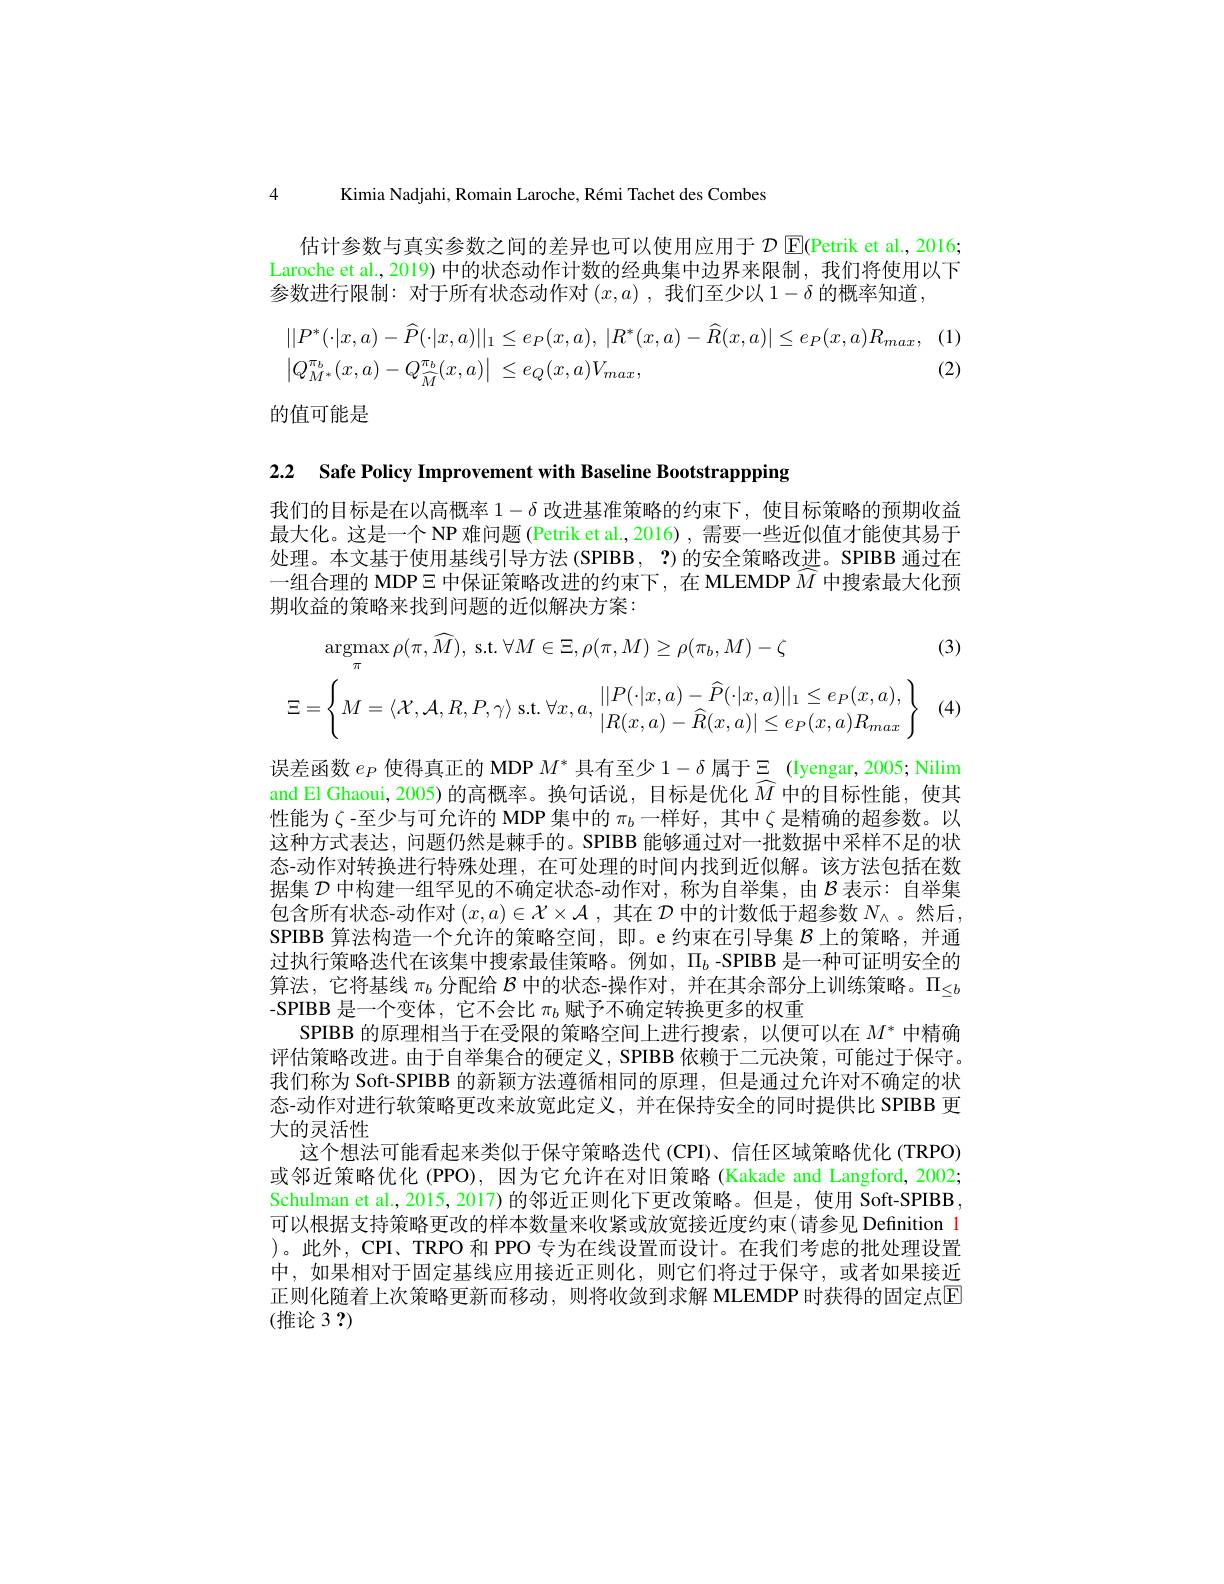
4 Kimia Nadjahi, Romain Laroche, Rémi Tachet des Combes

估计参数与真实参数之间的差异也可以使用应用于$\mathcal{D}$ $\mathbb{E}($Petrik et al., 2016; Laroche et al., 2019) 中的状态动作计数的经典集中边界来限制，我们将使用以下参数进行限制：对于所有状态动作对$(x,a)$ ,我们至少以$1-\delta$的概率知道，
$$\begin{aligned}&||P^{*}(\cdot|x,a)-\widehat{P}(\cdot|x,a)||_{1}\leq e_{P}(x,a),\:|R^{*}(x,a)-\widehat{R}(x,a)|\leq e_{P}(x,a)R_{max},\\&\left|Q_{M^{*}}^{\pi_{b}}(x,a)-Q_{\widehat{M}}^{\pi_{b}}(x,a)\right|\leq e_{Q}(x,a)V_{max},\end{aligned}$$
(2)

的值可能是

2.2 Safe Policy Improvement with Baseline Bootstrappping

我们的目标是在以高概率$1-\delta$改进基准策略的约束下，使目标策略的预期收益最大化。这是一个 NP 难问题 (Petrik et al.,2016) , 需要一些近似值才能使其易于处理。本文基于使用基线引导方法 (SPIBB, ?)的安全策略改进。SPIBB 通过在一组合理的 MDP$\Xi$中保证策略改进的约束下，在 MLEMDP $\widehat{M}$中搜索最大化预期收益的策略来找到问题的近似解决方案：

(3)

(4)
$$\operatorname{argmax}_{\pi}\rho(\pi,\widehat{M}),\:\mathrm{s.t.}\:\forall M\in\Xi,\rho(\pi,M)\geq\rho(\pi_{b},M)-\zeta\\\Xi=\left\{M=\langle\mathcal{X},\mathcal{A},R,P,\gamma\rangle\:\mathrm{s.t.}\:\forall x,a,\:||P(\cdot|x,a)-\widehat{P}(\cdot|x,a)||_{1}\leq e_{P}(x,a),\right\}$$
误差函数$e_P$使得真正的 MDP $M^*$具有至少$1-\delta$属于$\Xi$ (Iyengar,2005;Nilim and El Ghaoui, 2005) 的高概率。换句话说，目标是优化$\widehat{M}$中的目标性能，使其性能为$\zeta$ -至少与可允许的 MDP 集中的$\pi_b$一样好，其中$\zeta$是精确的超参数。以这种方式表达，问题仍然是棘手的。SPIBB 能够通过对一批数据中采样不足的状态-动作对转换进行特殊处理，在可处理的时间内找到近似解。该方法包括在数据集$\mathcal{D}$中构建一组罕见的不确定状态-动作对，称为自举集，由$\mathcal{B}$表示：自举集包含所有状态-动作对$(x,a)\in\mathcal{X}\times\mathcal{A}$ ,其在$\mathcal{D}$中的计数低于超参数$N_\wedge$。然后， SPIBB 算法构造一个允许的策略空间，即。e 约束在引导集$\mathcal{B}$上的策略，并通过执行策略迭代在该集中搜索最佳策略。例如，$\Pi_b$ -SPIBB 是一种可证明安全的算法，它将基线$\pi_b$分配给$\mathcal{B}$中的状态-操作对，并在其余部分上训练策略。$\Pi_{\leq b}$ -SPIBB 是一个变体，它不会比$\pi_b$赋予不确定转换更多的权重
SPIBB 的原理相当于在受限的策略空间上进行搜索，以便可以在$M^*$中精确评估策略改进。由于自举集合的硬定义，SPIBB 依赖于二元决策，可能过于保守。我们称为 Soft-SPIBB 的新颖方法遵循相同的原理，但是通过允许对不确定的状态-动作对进行软策略更改来放宽此定义，并在保持安全的同时提供比 SPIBB 更大的灵活性
这个想法可能看起来类似于保守策略迭代 (CPI)、信任区域策略优化 (TRPO) 或邻近策略优化 (PPO), 因为它允许在对旧策略 (Kakade and Langford, 2002; Schulman et al., 2015, 2017) 的邻近正则化下更改策略。但是，使用 Soft-SPIBB 可以根据支持策略更改的样本数量来收紧或放宽接近度约束(请参见 Definition 1 )。此外，CPI、TRPO 和 PPO 专为在线设置而设计。在我们考虑的批处理设置中，如果相对于固定基线应用接近正则化，则它们将过于保守，或者如果接近正则化随着上次策略更新而移动，则将收敛到求解 MLEMDP 时获得的固定点[F] (推论 3 ?)